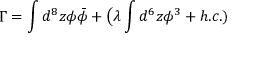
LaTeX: \Gamma = \int d ^ { 8 } z \phi \bar { \phi } + \big ( \lambda \int d ^ { 6 } z { \phi } ^ { 3 } + h . c . )